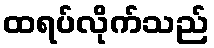
ထရပ်လိုက်သည်